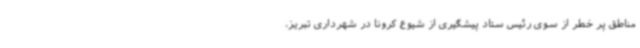
مناطق پر خطر از سوی رئیس ستاد پیشگیری از شیوع کرونا در شهرداری تبریز،